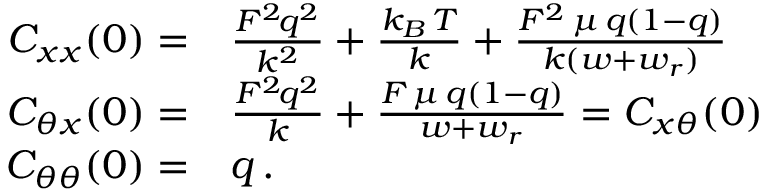
\begin{array} { r l } { C _ { x x } ( 0 ) = } & { \frac { { \cal F } ^ { 2 } \! q ^ { 2 } } { k ^ { 2 } } + \frac { k _ { B } \, T } { k } + \frac { { \cal F } ^ { 2 } \, \mu \, q ( 1 - q ) } { k ( w + w _ { r } ) } } \\ { C _ { \theta x } ( 0 ) = } & { \frac { { \cal F } ^ { 2 } \! q ^ { 2 } } { k } + \frac { { \cal F } \, \mu \, q ( 1 - q ) } { w + w _ { r } } = C _ { x \theta } ( 0 ) } \\ { C _ { \theta \theta } ( 0 ) = } & { q \, . } \end{array}